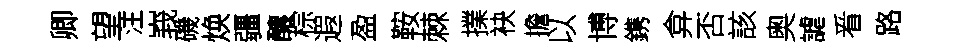
卿望注峩磯焕疆釀棕遐盈鞍棘擈袂擔以博鎸弇否該奥謔㸔路